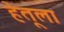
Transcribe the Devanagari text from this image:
हेतूला